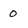
Character: 0